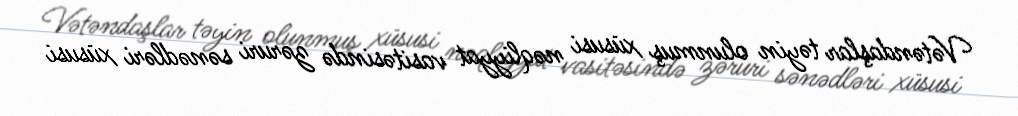
Vətəndaşlar təyin olunmuş xüsusi nəqliyyat vasitəsində zəruri sənədləri xüsusi